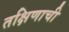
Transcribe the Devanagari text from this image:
तक्षिणाची